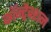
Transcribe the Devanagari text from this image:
कॉन्ट्रैक्शन